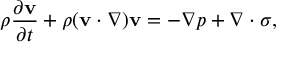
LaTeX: { \rho } { \frac { \partial \mathbf { v } } { \partial t } } + { \rho ( \mathbf { v } \cdot \nabla ) \mathbf { v } } = - \nabla p + \nabla \cdot \sigma ,